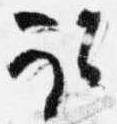
取